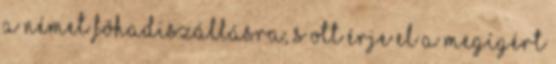
a német fõhadiszállásra, s ott érje el a megígért